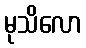
မုသိလော